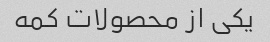
یکی از محصولات کمه